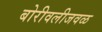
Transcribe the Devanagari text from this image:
बोरीवलीजवळ